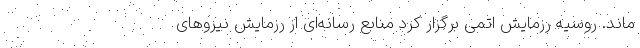
ماند. روسیه رزمایش اتمی برگزار کرد منابع رسانه‌ای از رزمایش نیروهای